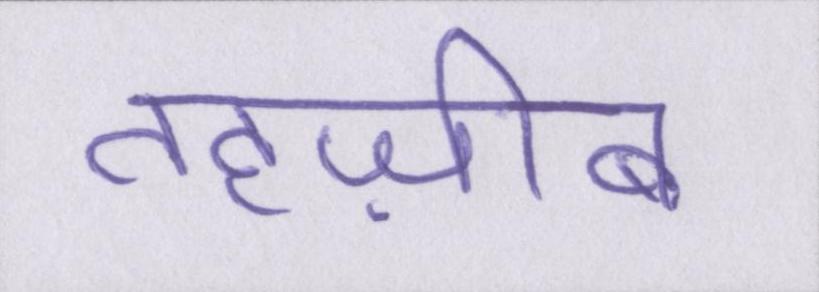
तहज़ीब